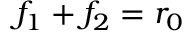
f _ { 1 } + f _ { 2 } = r _ { 0 }